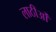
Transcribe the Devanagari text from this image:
लाठीओं